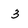
Character: 3